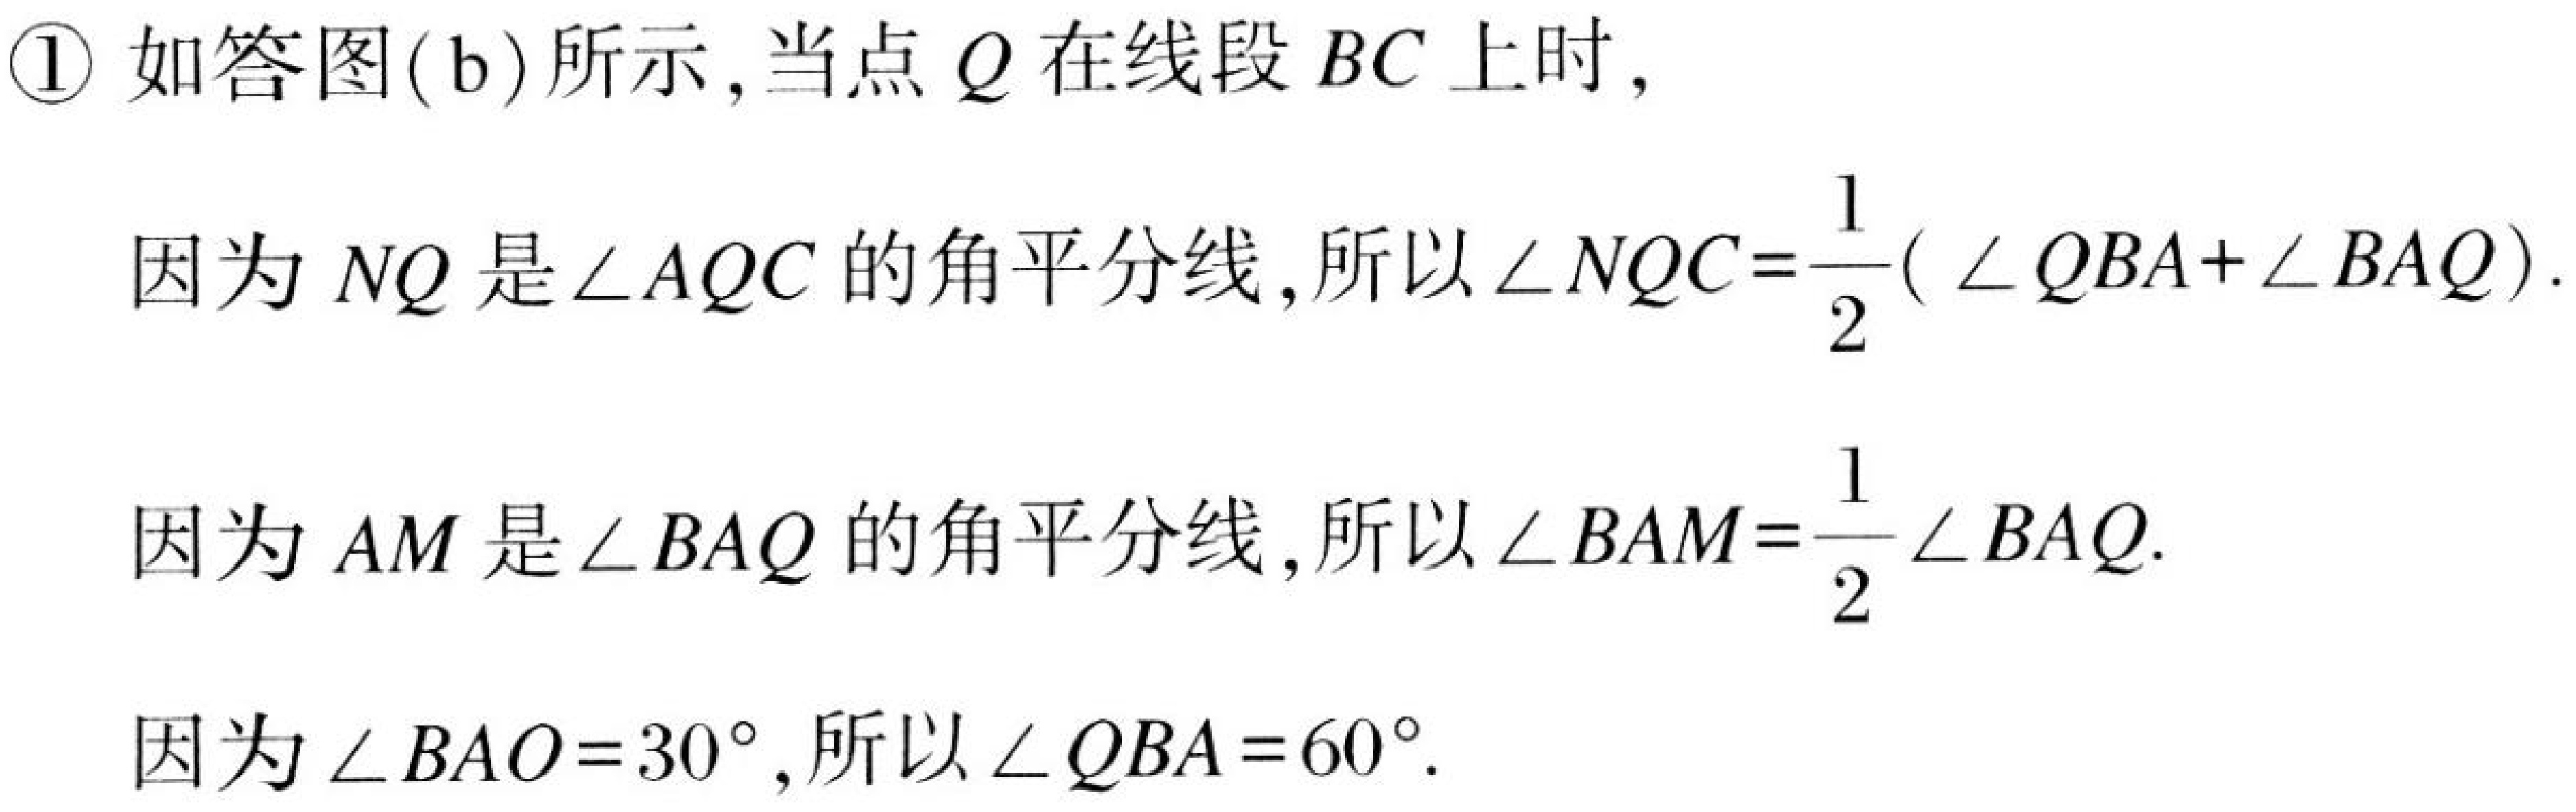
\textcircled{1} 如答图(b)所示,当点\(Q\)在线段\(BC\)上时,
因为\(NQ\)是\(\angle AQC\)的角平分线,所以\(\angle NQC=\frac{1}{2}( \angle QBA+\angle BAQ)\).
因为\(AM\)是\(\angle BAQ\)的角平分线,所以\(\angle BAM=\frac{1}{2}\angle BAQ\).
因为\(\angle BAO = 30^{\circ}\),所以\(\angle QBA = 60^{\circ}\).